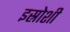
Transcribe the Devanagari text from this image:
इस्रोशी